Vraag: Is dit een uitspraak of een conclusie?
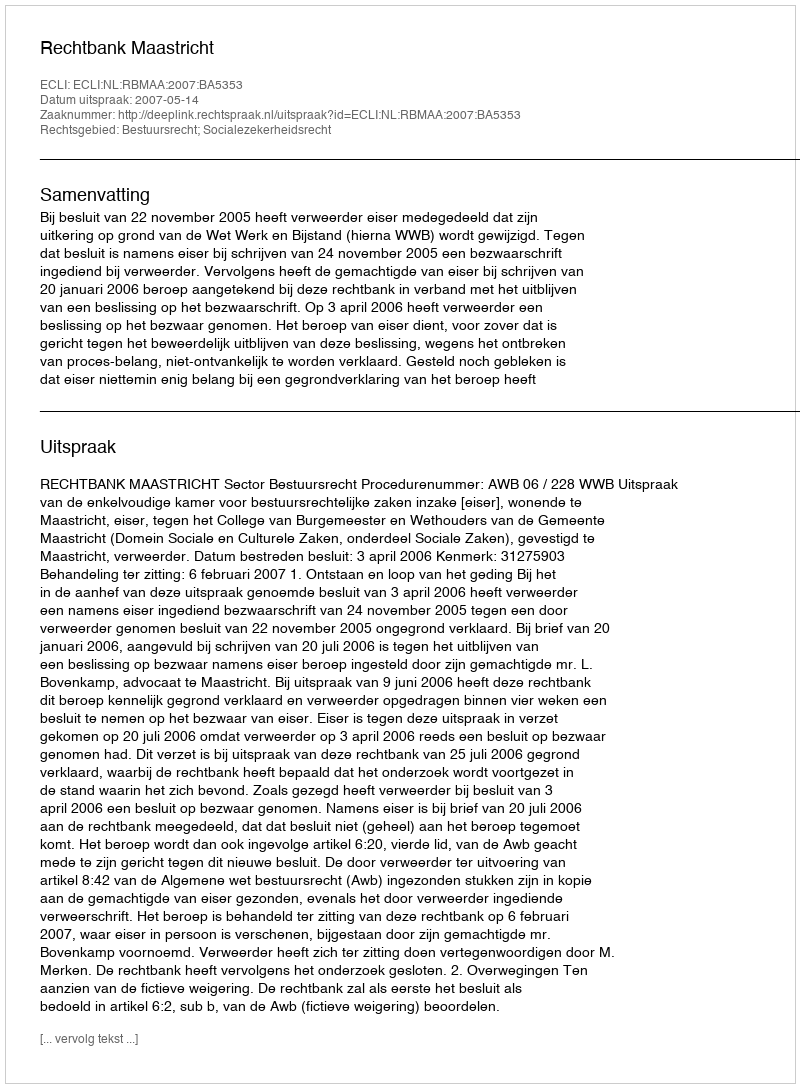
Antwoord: Uitspraak